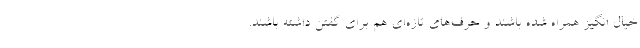
خیال انگیز همراه شده باشند و حرف‌های تازه‌ای هم برای گفتن داشته باشند.